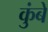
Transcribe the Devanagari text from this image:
कुंबे